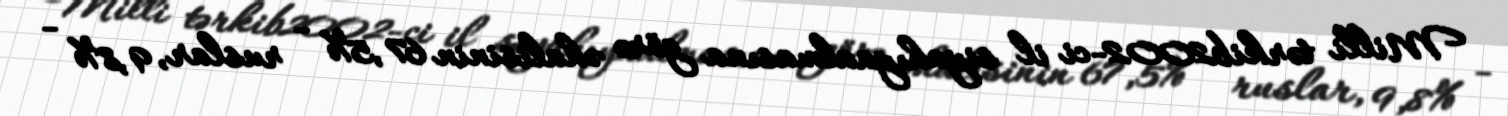
Milli tərkib2002-ci il siyahıyaalmasına görə əhalisinin 67,5% - ruslar, 9,8% -